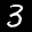
Label: 3